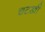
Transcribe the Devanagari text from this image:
चटखी